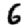
Digit: 6